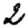
Digit: 2